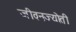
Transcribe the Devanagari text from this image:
जीवनज्योती